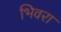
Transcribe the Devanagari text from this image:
भिवरा